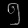
Digit: ၅